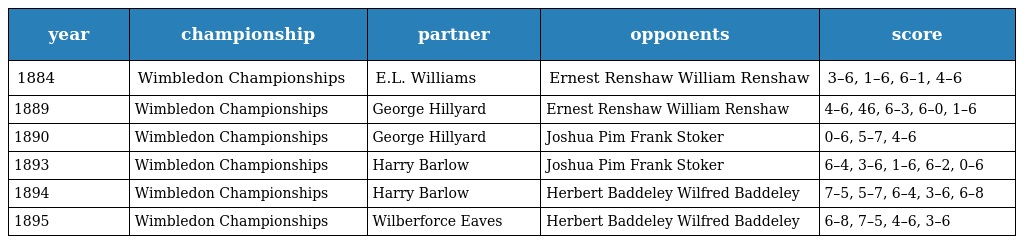
| year | championship | partner | opponents | score |
 | --- | --- | --- | --- | --- |
 | 1884 | Wimbledon Championships | E.L. Williams | Ernest Renshaw William Renshaw | 3–6, 1–6, 6–1, 4–6 |
 | 1889 | Wimbledon Championships | George Hillyard | Ernest Renshaw William Renshaw | 4–6, 46, 6–3, 6–0, 1–6 |
 | 1890 | Wimbledon Championships | George Hillyard | Joshua Pim Frank Stoker | 0–6, 5–7, 4–6 |
 | 1893 | Wimbledon Championships | Harry Barlow | Joshua Pim Frank Stoker | 6–4, 3–6, 1–6, 6–2, 0–6 |
 | 1894 | Wimbledon Championships | Harry Barlow | Herbert Baddeley Wilfred Baddeley | 7–5, 5–7, 6–4, 3–6, 6–8 |
 | 1895 | Wimbledon Championships | Wilberforce Eaves | Herbert Baddeley Wilfred Baddeley | 6–8, 7–5, 4–6, 3–6 |